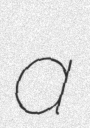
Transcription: a